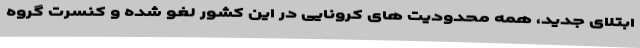
ابتلای جدید، همه محدودیت های کرونایی در این کشور لغو شده و کنسرت گروه